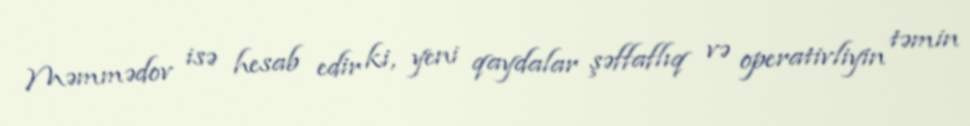
Məmmədov isə hesab edir ki, yeni qaydalar şəffaflıq və operativliyin təmin